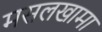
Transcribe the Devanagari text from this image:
मसलखामा